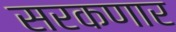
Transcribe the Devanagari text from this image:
सरकणार